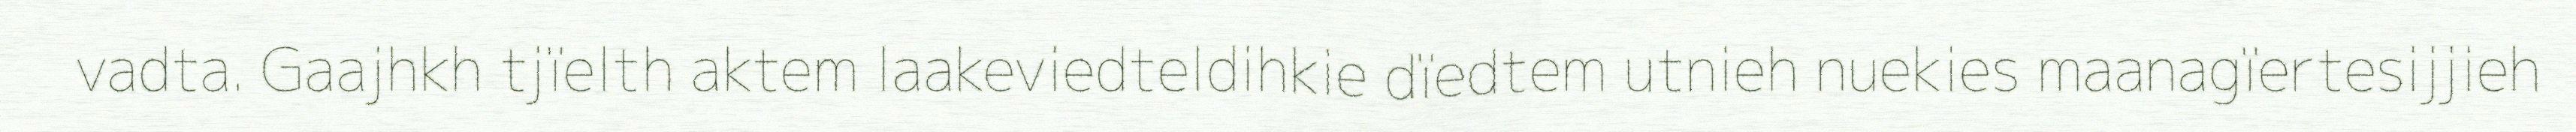
vadta. Gaajhkh tjïelth aktem laakeviedteldihkie dïedtem utnieh nuekies maanagïertesijjieh